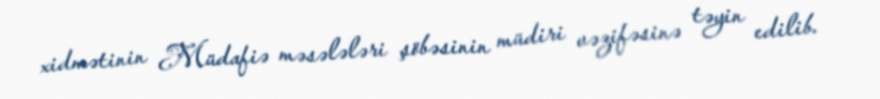
xidmətinin Müdafiə məsələləri şöbəsinin müdiri vəzifəsinə təyin edilib.